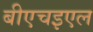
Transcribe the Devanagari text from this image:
बीएचइएल